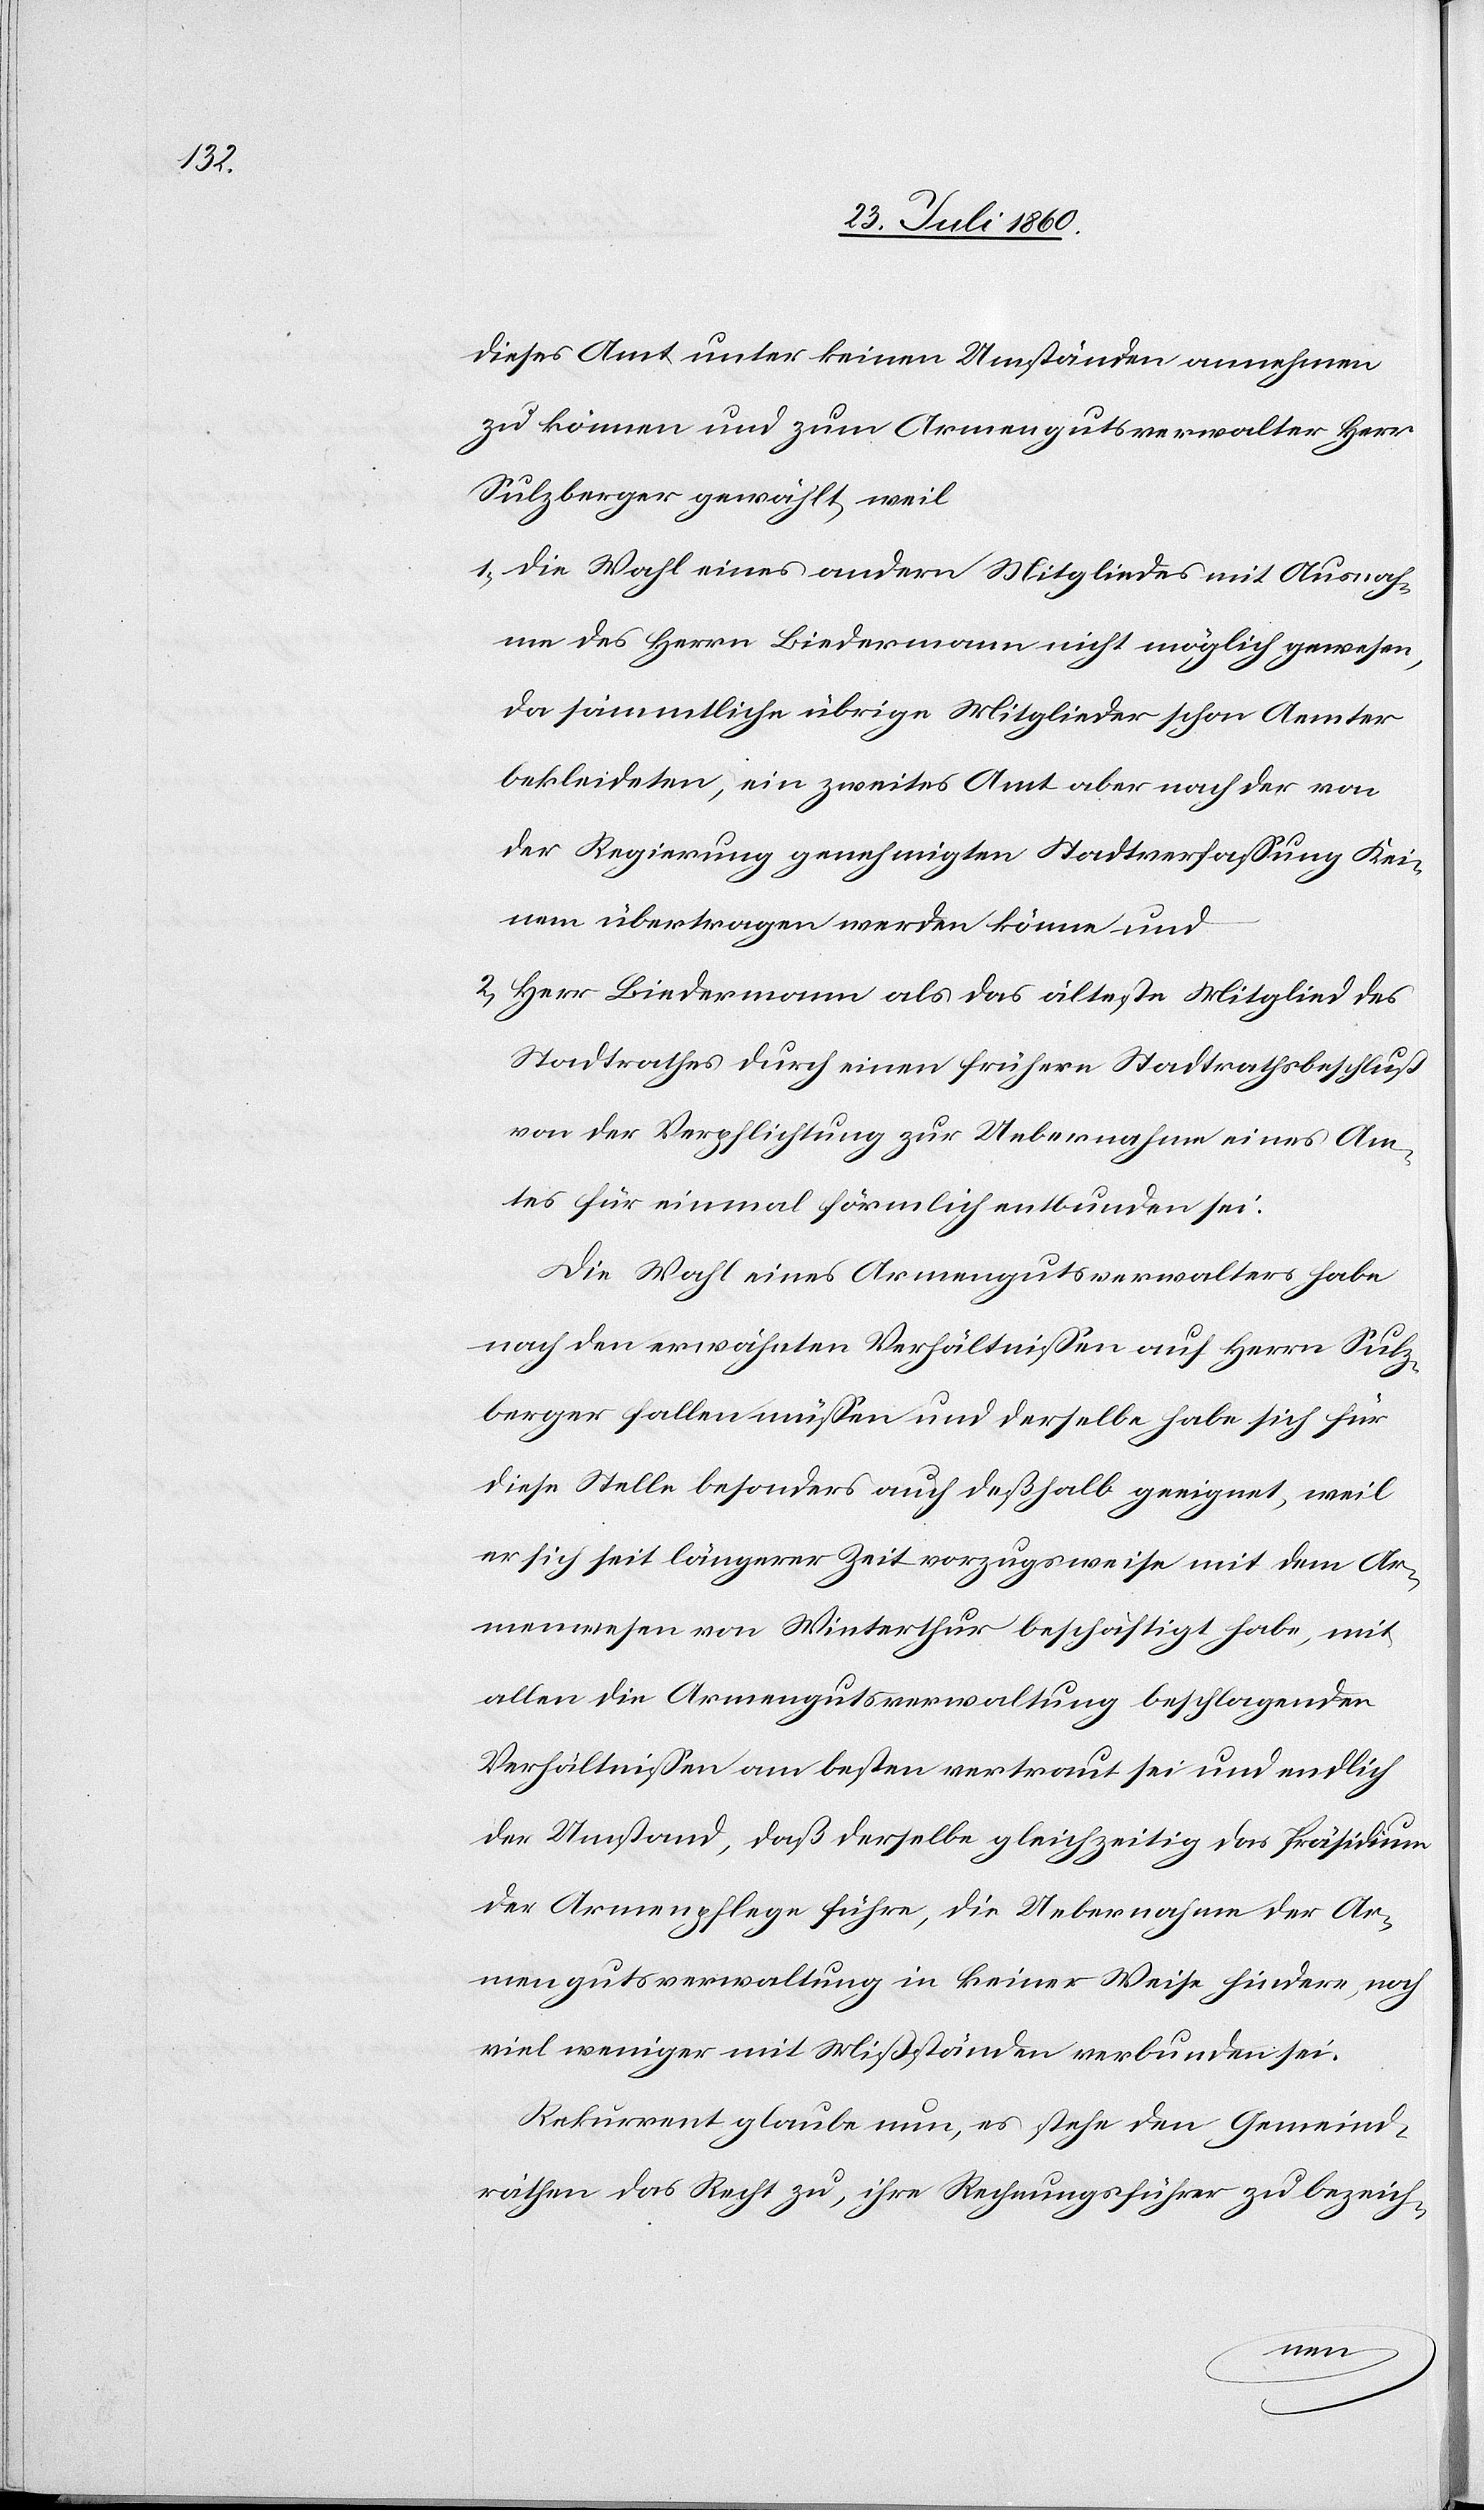
dieses Amt unter keinen Umständen annehmen
zu können und zum Armengutsverwalter Herr
Sulzberger gewählt, weil
1) die Wahl eines andern Mitgliedes mit Ausnah¬
me des Herrn Biedermann nicht möglich gewesen,
da sämmtliche übrige Mitglieder schon Aemter
bekleideten, ein zweites Amt aber nach der von
der Regierung genehmigten Stadtverfassung Kei¬
nem übertragen werden könne und
2) Herr Biedermann als das älteste Mitglied des
Stadtrathes durch einen frühern Stadtrathsbeschluss
von der Verpflichtung zur Uebernahme eines Am¬
tes für einmal förmlich entbunden sei.
Die Wahl eines Armengutsverwalters habe
nach den erwähnten Verhältnissen auf Herrn Sulz¬
berger fallen müssen und derselbe habe sich für
diese Stelle besonders auch deshalb geeignet, weil
er sich seit längerer Zeit vorzugsweise mit dem Ar¬
menwesen von Winterthur beschäftigt habe, mit
allen die Armengutsverwaltung beschlagenden
Verhältnissen am besten vertraut sei und endlich
der Umstand, dass derselbe gleichzeitig das Präsidium
der Armenpflege führe, die Uebernahme der Ar¬
mengutsverwaltung in keiner Weise hindere, noch
viel weniger mit Mißständen verbunden sei.
Rekurrent glaube nun, es stehe den Gemeind¬
räthen das Recht zu, ihre Rechnungsführer zu bezeich-